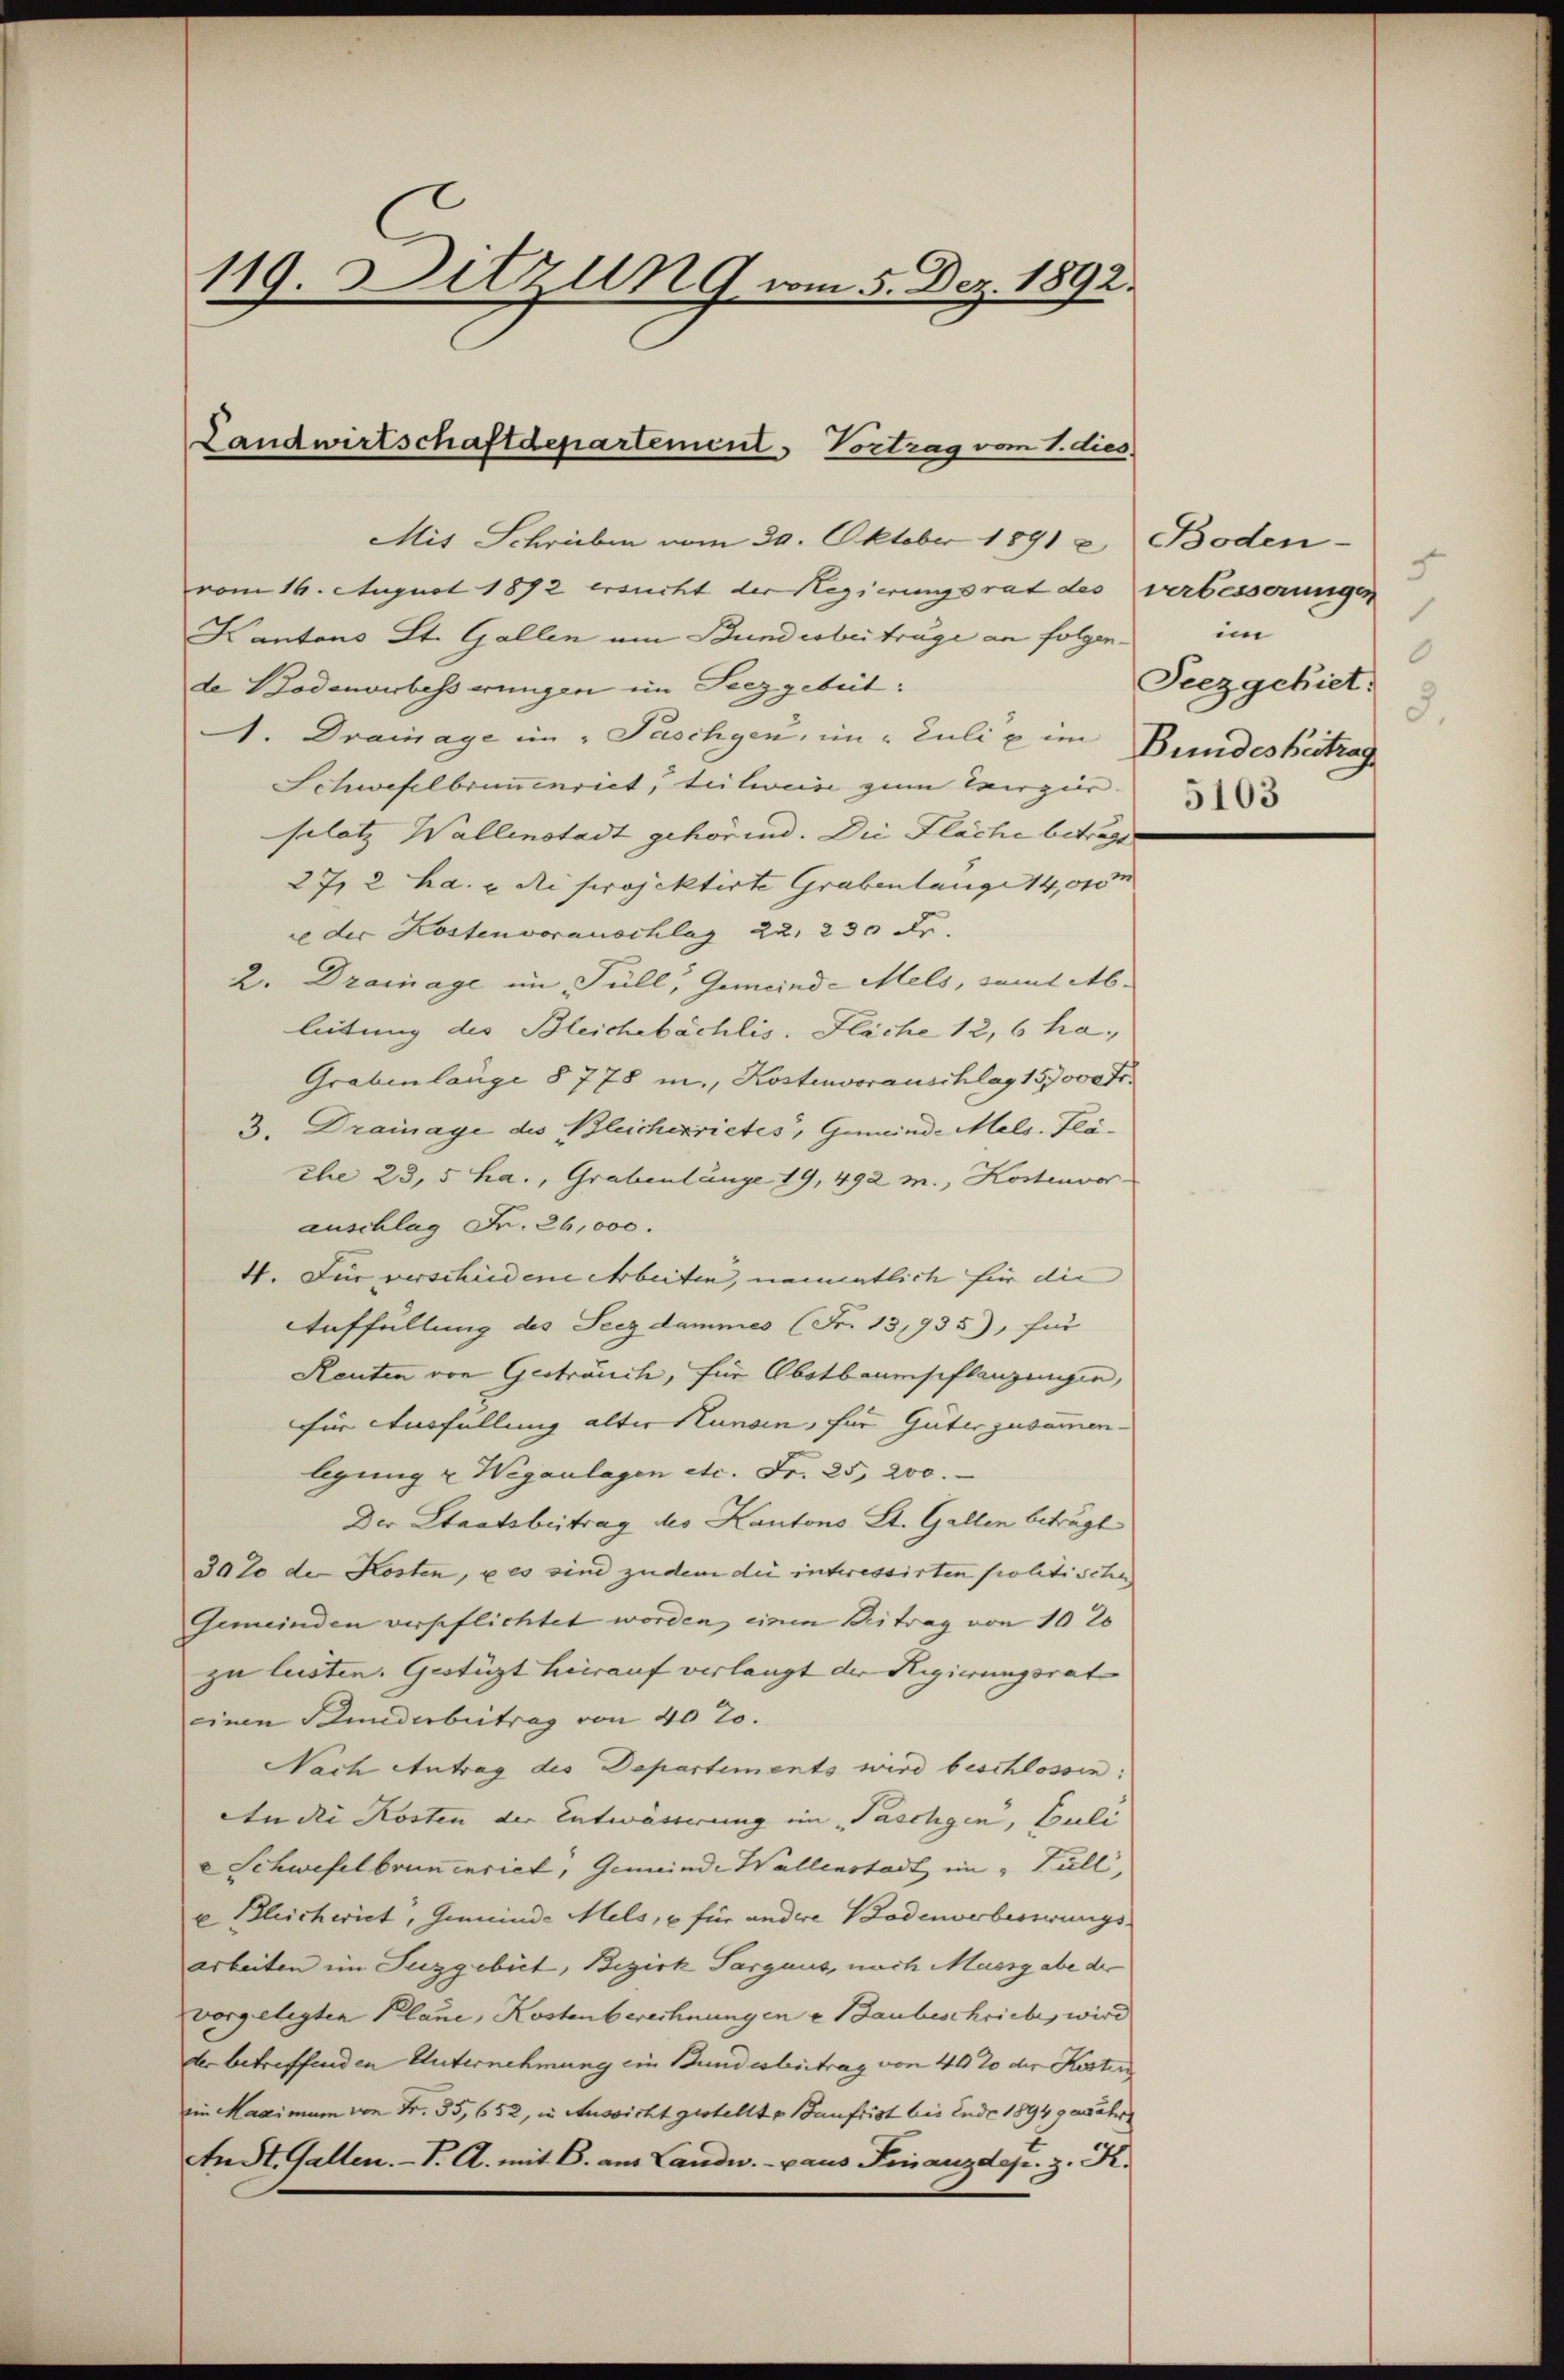
119. Ditzung vom 5. Dez. 1892.

Landwirtschaftdepartement. Vortrag vom 1. dies

Mit Schrieben vom 30. Oktober 1891 u. Boden-
vom 16. August 1872 ersucht der Regierungsrat des verbesserungen
Kantons Lt. Gallen am Bundesbeiträge an folgende Bodenorbesserungen im Serzgebet:
A. Drainage im Faschgen, im Juli e im
Schwefelbrunnenriet, teilweise zum Vergier
sclatz Wallenstadt gehörend. Die Fläche betragen
27, 2 ha. u. di projektirte Grabenlange 14,000
e der Kostenvoranschlag 22. 230 Fr.
2. Drainage im Füll, Gemeind-Mels, somit Ableitung des Bleichebächlis. Fläche 12,6 ha.
Grabenlange § 778 m., Kostenvorauschlag 157000 Fr.
3. Drainage des Bleicherrietes, Gemeinde Mels. Pläche 23, 5 ha., Grabenlänge 19, 492 m., Kostenvor
auschlag Fr. 26,000.
4. Für verschiedene Arbeiten, namentlich für die
Auffüllung des Seezdammes (Fr. 13,935), für
Reuten von Gesträuch, für Obstbaumseflanzungen,
für Ausfüllung alter Stunden, für Güter zusammen-
lgung u. Weganlagen etc. Fr. 25, 200.
Der Staatsbeitrag des Kantons St. Gallen beträgt
30% der Kosten, u es sine zudem die interessirten politische
Gemeinden verpflichtet worden, einen Beitrag von 10 20
zu lasten. Gestüzt hierauf verlangt der Regierungsrat |
einen Bunderbeitrag von 40 20.
Nach Antrag des Departements wird beschlossen:
An die Kosten der Entwässerung im Paschgen, Juli
Schwefelbrunnenriet, Gemeinde Wallenstadt im „Full,
u Bleicheriet, Gemeinde Mels, – für andere Bodenverbesserungsarbeiten im Suggobict, Bezirk Sargaus, nach Massgabe der
vorgelegten Plane, Kostenberechnungen u Baubeschriebe, wird
der betreffenden Unternehmung ein Bundesbeitrag von 40 20 der Kosten
im Maximum von Fr. 35,652, in Aussicht gestellt u Baufrist bis Ende 1894 gewähr
An St. Gallen. - I. A. mit 6. aus Landw. - aus Finanzdepr. z. K.

1
im
0
Seezgehiet.
8.
Bundes Beitrag